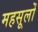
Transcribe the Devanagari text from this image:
महसूलों